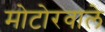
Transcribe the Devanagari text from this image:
मोटोरवाले